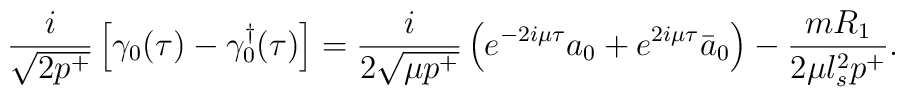
\frac{i}{\sqrt{2 p^+}} \left[ \gamma_0 (\tau) - {\gamma_{0}^\dagger}(\tau) \right] = \frac{i}{2 \sqrt{\mu p^+}}  \left( e^{-2 i \mu \tau} a_0 +  e^{2 i \mu \tau} \bar{a}_0  \right) - \frac{m R_1}{2 \mu l_s^2 p^+}.